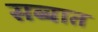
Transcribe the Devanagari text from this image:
सब्बात